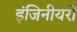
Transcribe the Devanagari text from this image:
इंजिनीयरों